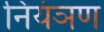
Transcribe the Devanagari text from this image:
नियंञण